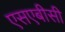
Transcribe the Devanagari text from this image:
एसएबीसी